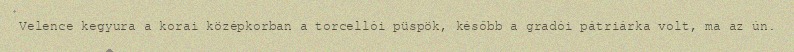
Velence kegyura a korai középkorban a torcellói püspök, később a gradói pátriárka volt, ma az ún.